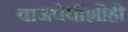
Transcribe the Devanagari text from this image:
वाजपेयींशीही